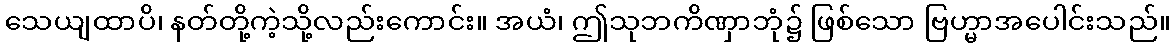
သေယျထာပိ၊ နတ်တို့ကဲ့သို့လည်းကောင်း။ အယံ၊ ဤသုဘကိဏှာဘုံ၌ ဖြစ်သော ဗြဟ္မာအပေါင်းသည်။